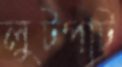
লুটপাট